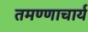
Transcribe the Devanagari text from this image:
तमण्णाचार्य